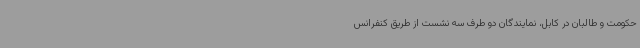
حکومت و طالبان در کابل، نمایندگان دو طرف سه نشست از طریق کنفرانس